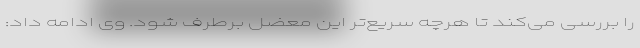
را بررسی می‌کند تا هرچه سریع‌تر این معضل برطرف شود. وی ادامه داد: